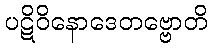
ပဋိဝိနောဒေတဗ္ဗောတိ